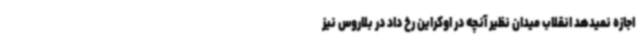
اجازه نمیدهد انقلاب میدان نظیر آنچه در اوکراین رخ داد در بلاروس نیز